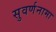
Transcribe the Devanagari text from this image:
सुवर्णनामा